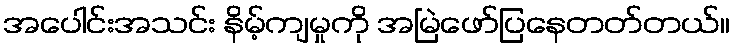
အပေါင်းအသင်း နိမ့်ကျမှုကို အမြဲဖော်ပြနေတတ်တယ်။